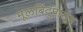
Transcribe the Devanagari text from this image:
मूलबिंदूपासून